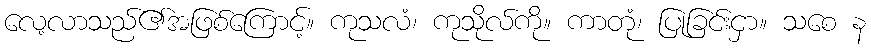
လေ့လာသည်၏အဖြစ်ကြောင့်။ ကုသလံ၊ ကုသိုလ်ကို။ ကာတုံ၊ ပြုခြင်းငှာ။ သစေ န